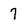
Character: 7